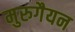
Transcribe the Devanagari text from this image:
मुरुगैयन